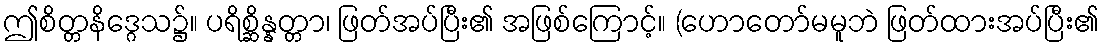
ဤစိတ္တနိဒ္ဂေသ၌။ ပရိစ္ဆိန္နတ္တာ၊ ဖြတ်အပ်ပြီး၏ အဖြစ်ကြောင့်။ (ဟောတော်မမူဘဲ ဖြတ်ထားအပ်ပြီး၏